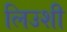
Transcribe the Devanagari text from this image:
लिउशी